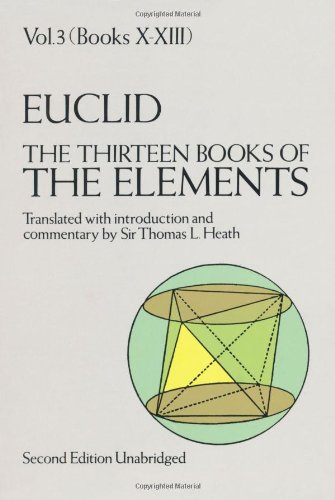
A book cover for Euclid: The Thirteen Books of Elements, Vol. 3, Books 10-13; Thomas L. Heath; Science & Math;